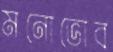
মনোভোব